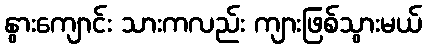
နွားကျောင်း သားကလည်း ကျားဖြစ်သွားမယ်